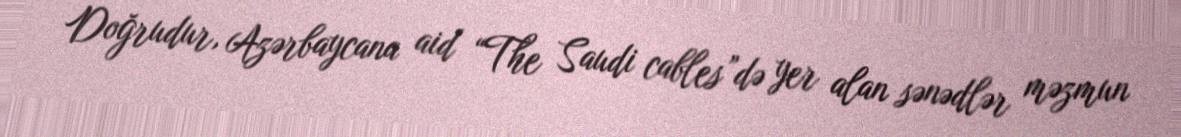
Doğrudur, Azərbaycana aid “The Saudi cables”də yer alan sənədlər məzmun